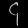
Digit: ၄